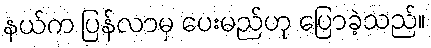
နယ်က ပြန်လာမှ ပေးမည်ဟု ပြောခဲ့သည်။